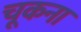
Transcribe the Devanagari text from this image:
चूकना